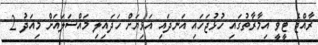
ރާއްޖެ ޓީވީ އިމާރާތުގައި ހުޅުޖަހައި އަނދައި އަޅިޔަށް ހަދައިލި މައްސަލައަށް މިއަދު 2